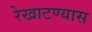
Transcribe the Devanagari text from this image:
रेखाटण्यास